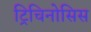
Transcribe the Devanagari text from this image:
ट्रिचिनोसिस